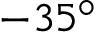
- 3 5 ^ { \circ }